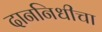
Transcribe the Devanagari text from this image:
दाननिधीचा